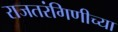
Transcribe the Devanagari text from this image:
राजतरंगिणीच्या